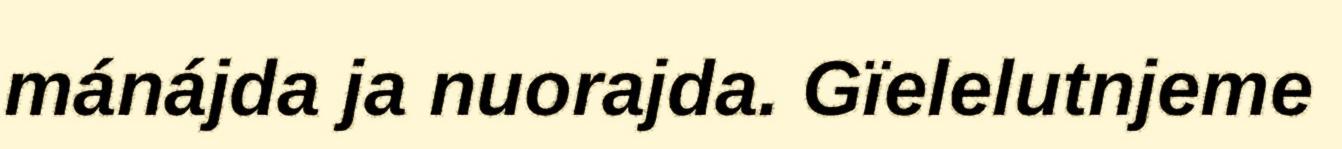
mánájda ja nuorajda. Gïelelutnjeme